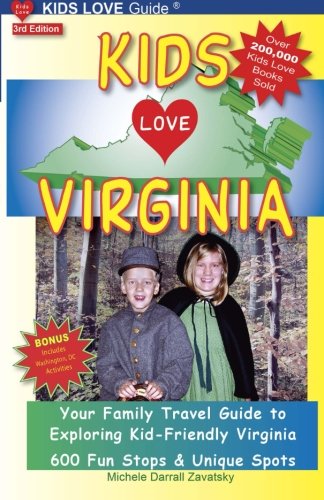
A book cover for KIDS LOVE VIRGINIA, 3rd Edition: Your Family Travel Guide to Exploring Kid-Friendly Virginia. 500 Fun Stops & Unique Spots (Kids Love Travel Guides); Michele Darrall Zavatsky; Travel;